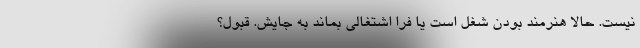
نیست. حالا هنرمند بودن شغل است یا فرا اشتغالی بماند به جایش. قبول؟